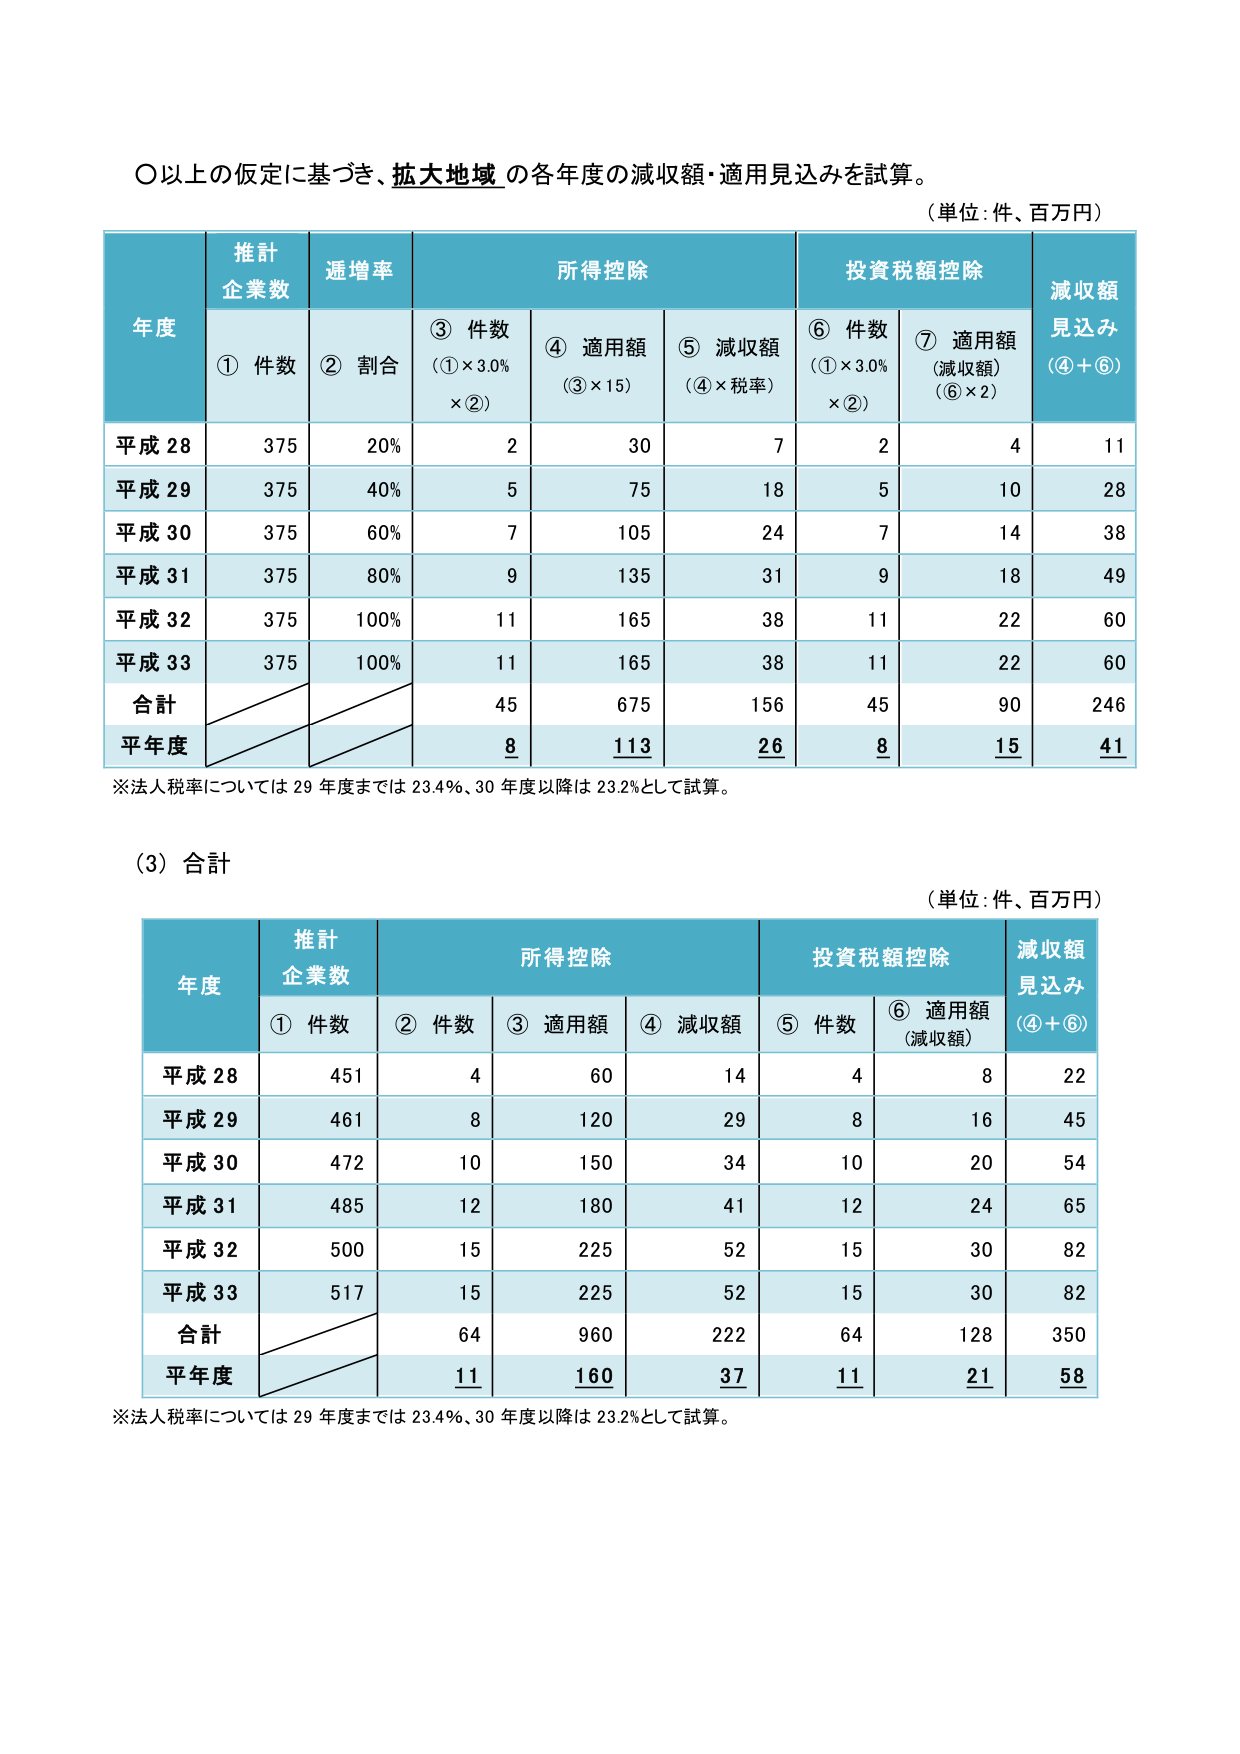
〇以上の仮定に基づき、拡大地域の各年度の減収額・適用見込みを試算。
（単位：件、百万円）

年度	推計企業数	逓増率	所得控除	投資税額控除	減収額見込み（④＋⑥）
	① 件数	② 割合	③ 件数（①×3.0%×②）	④ 適用額（③×15）	⑤ 減収額（④×税率）	⑥ 件数（①×3.0%×②）	⑦ 適用額（減収額）（⑥×2）

平成28	375	20%	2	30	7	2	4	11
平成29	375	40%	5	75	18	5	10	28
平成30	375	60%	7	105	24	7	14	38
平成31	375	80%	9	135	31	9	18	49
平成32	375	100%	11	165	38	11	22	60
平成33	375	100%	11	165	38	11	22	60
合計		45	675	156	45	90	246
平年度		8	113	26	8	15	41

※法人税率については29年度までは23.4%、30年度以降は23.2%として試算。

（3）合計
（単位：件、百万円）

年度	推計企業数	所得控除	投資税額控除	減収額見込み（④＋⑥）
	① 件数	② 件数	③ 適用額	④ 減収額	⑤ 件数	⑥ 適用額（減収額）

平成28	451	4	60	14	4	8	22
平成29	461	8	120	29	8	16	45
平成30	472	10	150	34	10	20	54
平成31	485	12	180	41	12	24	65
平成32	500	15	225	52	15	30	82
平成33	517	15	225	52	15	30	82
合計		64	960	222	64	128	350
平年度		11	160	37	11	21	58

※法人税率については29年度までは23.4%、30年度以降は23.2%として試算。